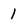
Character: 1